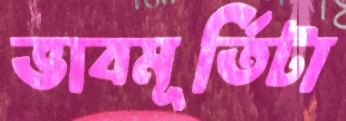
ভাবমূর্তিটা